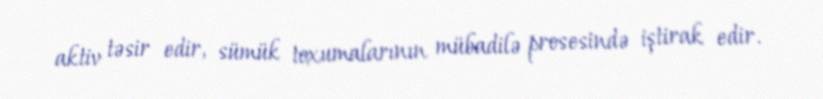
aktiv təsir edir, sümük toxumalarının mübadilə prosesində iştirak edir.